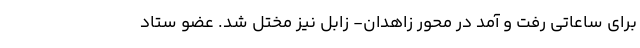
برای ساعاتی رفت و آمد در محور زاهدان- زابل نیز مختل شد. عضو ستاد